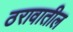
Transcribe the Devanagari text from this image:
ठरावातील